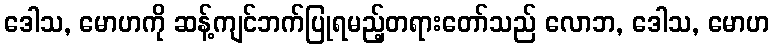
ဒေါသ, မောဟကို ဆန့်ကျင်ဘက်ပြုရမည့်တရားတော်သည် လောဘ, ဒေါသ, မောဟ